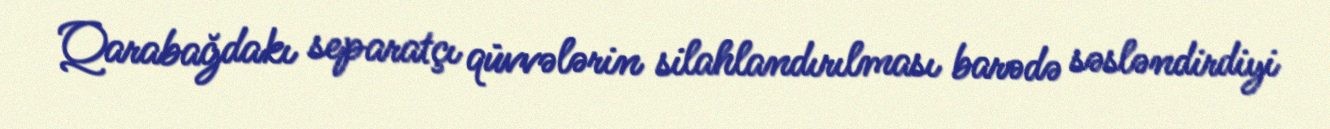
Qarabağdakı separatçı qüvvələrin silahlandırılması barədə səsləndirdiyi